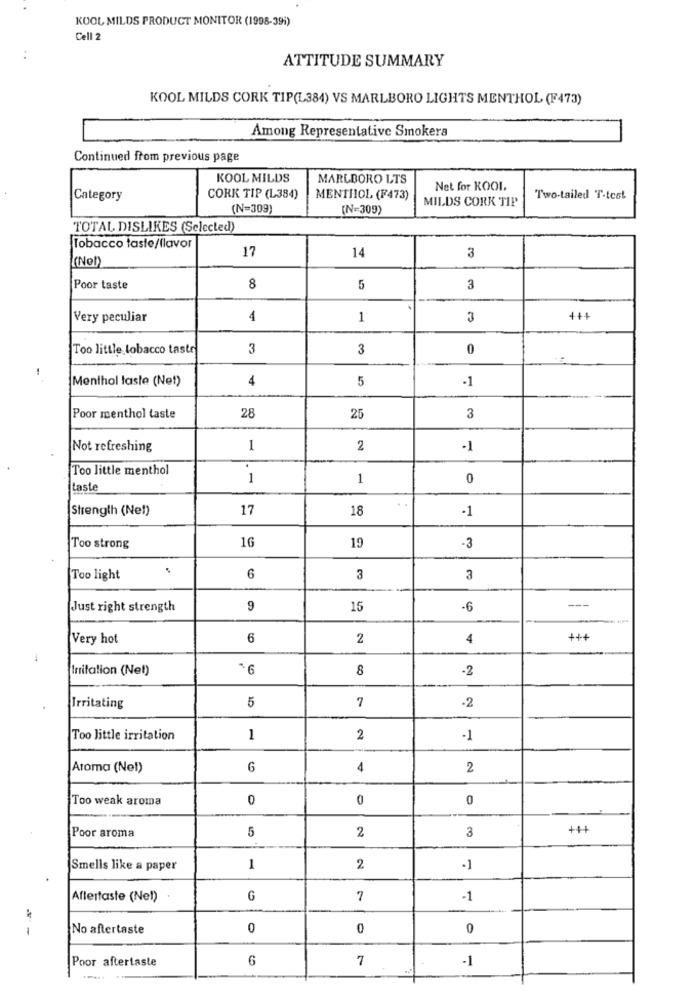
KOOL MILDS PRODUCT MONITOR (1998-391)
Cell 2
ATTITUDE SUMMARY
KOOL MILDS CORK TIP(L384) VS MARLBORO LIGHTS MENTHOL (F473)
Among Representative Smokera
Continued from previous page
KOOL MILDS
MARLBORO LTS
Net for KOOL.
Category
CORK TIP (L384)
MENTHOL (F473)
MILDS CORK TIP
Two-tailed T-test
(N=309)
(N=309)
TOTAL DISLIKES (Selected)
Tobacco taste/llavor
17
I(Non)
14
3
Poor taste
8
5
3
Very peculiar
4
1
3
Too little tobacco tastr
3
3
0
Menthol taste (Net)
4
5
-1
28
Poor menthol taste
25
3
Not refreshing
1
2
-1
Too little menthol
1
1
0
taste
Strength (Net)
17
18
-1
16
Too strong
19
-3
Too light
6
3
3
---
Just right strength
9
15
-6
Very hot
6
2
4
++
Irritation (Net)
8
2
5
7
Irritating
-2
Too little irritation
1
2
-1
Aroma (Nel)
6
4
2
Too weak aroma
0
0
0
Poor aroma
5
2
3
++
Smells like a paper
1
2
-1
Aftertaste (Nel)
G
7
-1
-
No aftertaste
0
0
0
Poor aftertaste
6
7
-1
.....